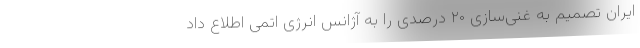
ایران تصمیم به غنی‌سازی ۲۰ درصدی را به آژانس انرژی اتمی اطلاع داد